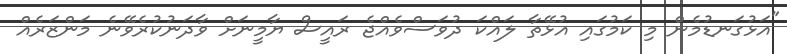
"އަޅުގަނޑުމެން މި ކަމުގައި އުޅޭތާ ލައްކަ ދުވަސްވެއްޖެ ރައީސް ޔާމީނަށް ވާދަނުކުރެވޭނެ މަންޒަރެއް